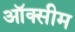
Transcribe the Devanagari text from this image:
ऑक्सीम